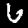
Digit: 6